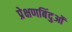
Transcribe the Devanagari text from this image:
प्रेक्षणबिंदुओं